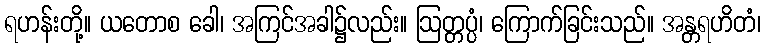
ရဟန်းတို့။ ယတောစ ခေါ၊ အကြင်အခါ၌လည်း။ ဩတ္တပ္ပံ၊ ကြောက်ခြင်းသည်။ အန္တရဟိတံ၊